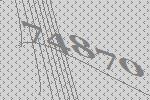
74870